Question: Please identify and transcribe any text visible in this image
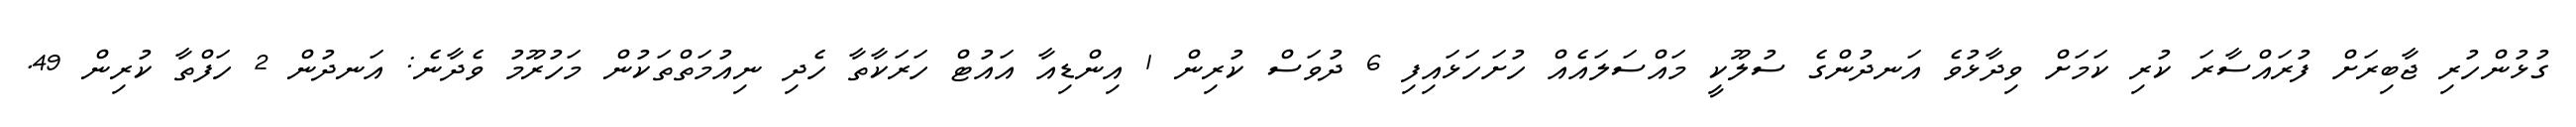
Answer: ގުޅުންހުރި ޖާބިރަށް ފުރައްސާރަ ކުރި ކަމަށް ވިދާޅުވެ އަނދުންގެ ސުލޫކީ މައްސަލައެއް ހުށަހަޅައިފި 6 ދުވަސް ކުރިން 1 އިންޑިއާ އައުޓް ހަރަކާތާ ހެދި ނިއުމަތްތަކުން މަހުރޫމު ވެދާނެ: އަނދުން 2 ހަފްތާ ކުރިން 49.